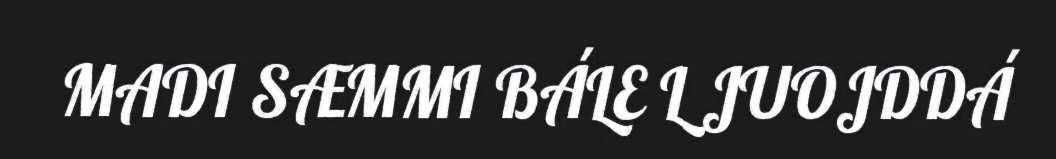
MADI SÆMMI BÁLE L JUOJDDÁ